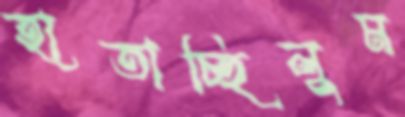
হাতাচ্ছিলুম